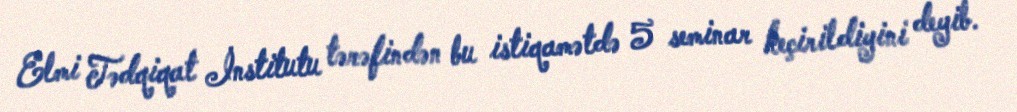
Elmi Tədqiqat İnstitutu tərəfindən bu istiqamətdə 5 seminar keçirildiyini deyib.